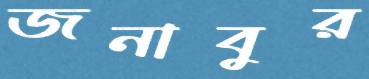
জনাবুর